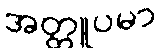
အတ္တူပမာ